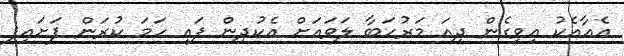
އެއާއެކު އިވިގެން ދިއަ މަރުހަބާ ލަވައަށް އެކުދިން ފައި ހަމަ ކުރަން ފަށައިފި